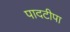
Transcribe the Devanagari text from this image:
पादटीपा